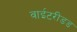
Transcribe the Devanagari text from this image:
वाईटरीडड